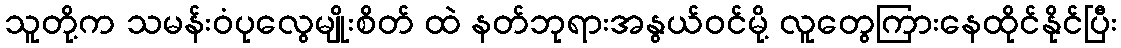
သူတို့က သမန်းဝံပုလွေမျိုးစိတ် ထဲ နတ်ဘုရားအနွယ်ဝင်မို့ လူတွေကြားနေထိုင်နိုင်ပြီး